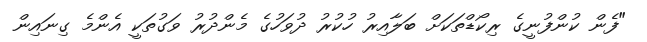
"ފެން ކުންފުނީގެ ރިކޯޑްތަކަށް ބަލާއިރު ހުކުރު ދުވަހުގެ މެންދުރު ވަގުތަކީ އެންމެ ގިނައިން